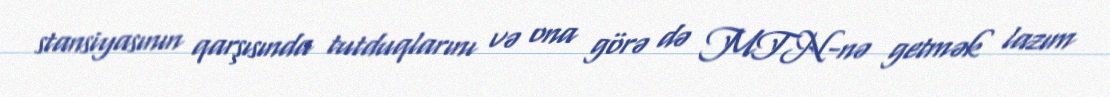
stansiyasının qarşısında tutduqlarını və ona görə də MTN-nə getmək lazım